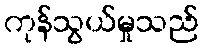
ကုန်သွယ်မှုသည်